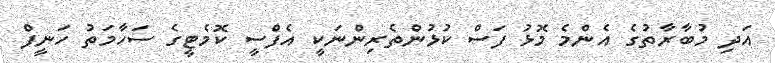
އަދި މުބާރާތުގެ އެންމެ މޮޅު ފަސް ކުޅުންތެރިންނަކީ އެފްސީ ކޮމެޓީގެ ސަހާމަތު ހަނީފް